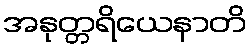
အနုတ္တရိယေနာတိ